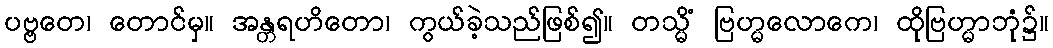
ပဗ္ဗတေ၊ တောင်မှ။ အန္တရဟိတော၊ ကွယ်ခဲ့သည်ဖြစ်၍။ တသ္မိံ ဗြဟ္မလောကေ၊ ထိုဗြဟ္မာဘုံ၌။